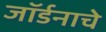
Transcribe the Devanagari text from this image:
जॉर्डनाचे